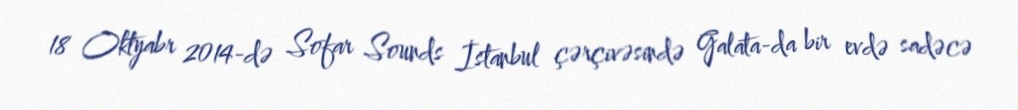
18 Oktyabr 2014-də Sofar Sounds İstanbul çərçivəsində Galata-da bir evdə sadəcə